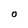
Character: O